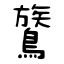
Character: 鷟